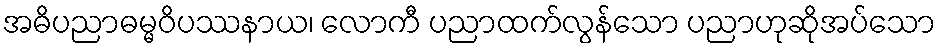
အဓိပညာဓမ္မဝိပဿနာယ၊ လောကီ ပညာထက်လွန်သော ပညာဟုဆိုအပ်သော